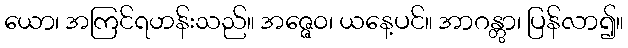
ယော၊ အကြင်ရဟန်းသည်။ အဇ္ဇေဝ၊ ယနေ့ပင်။ အာဂန္တွာ၊ ပြန်လာ၍။